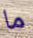
ما